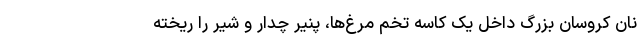
نان کروسان بزرگ داخل یک کاسه تخم مرغ‌ها، پنیر چدار و شیر را ریخته